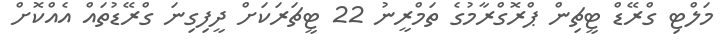
މަލްޓި ގްރޭޑް ޓީޗިން ޕްރޮގްރާމުގެ ތަމްރީނު 22 ޓީޗަރަކަށް ދީފިގިނަ ގްރޭޑުތައް އެއްކޮށް